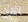
الآن